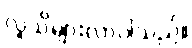
လူသိများလာပါသည်။